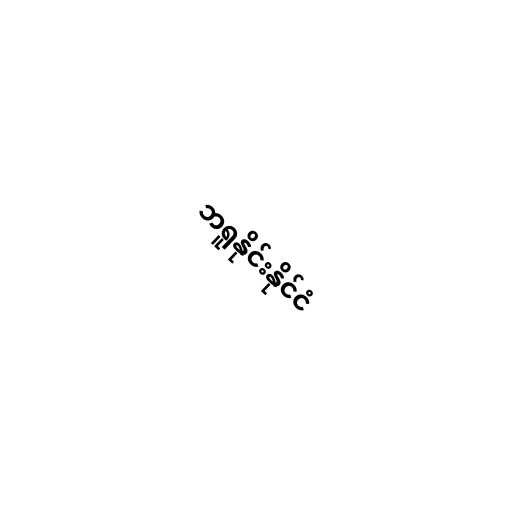
ဘရူနိုင်းနိုင်ငံ